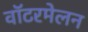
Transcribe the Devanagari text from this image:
वॉटरमेलन